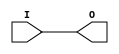
module IBUF_HSTL_II_DCI (O, I);

    output O;

    input  I;

	buf B1 (O, I);


endmodule